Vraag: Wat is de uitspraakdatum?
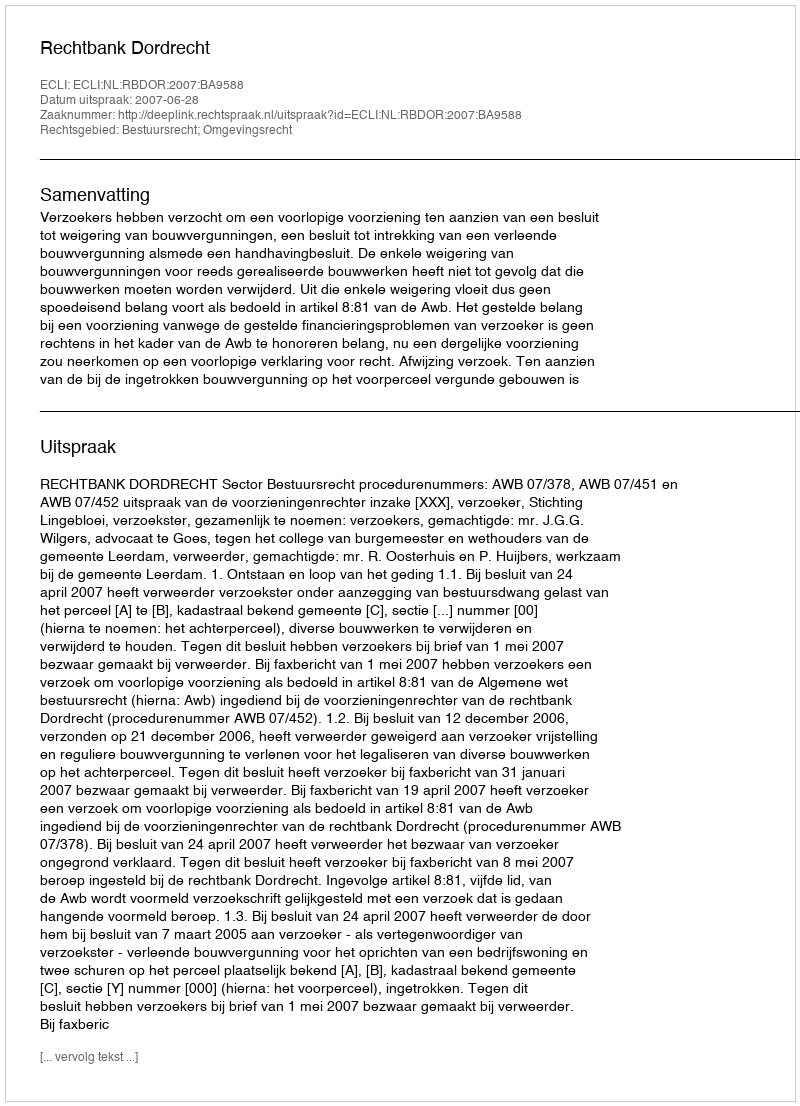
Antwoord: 2007-06-28